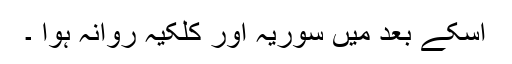
اسکے بعد میں سوُریہ اور کلکیہ روانہ ہوا ۔